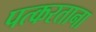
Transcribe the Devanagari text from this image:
पत्करताना